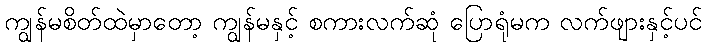
ကျွန်မစိတ်ထဲမှာတော့ ကျွန်မနှင့် စကားလက်ဆုံ ပြောရုံမက လက်ဖျားနှင့်ပင်